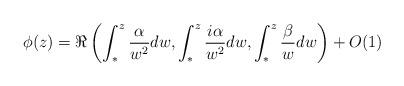
LaTeX: \begin{align*} \phi(z)=\Re\left(\int_{\ast}^z\frac{\alpha}{w^2}dw,\int_{\ast}^z\frac{i\alpha}{w^2}dw,\int_{\ast}^{z}\frac{\beta}{w^{}}dw\right)+O(1) \end{align*}